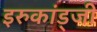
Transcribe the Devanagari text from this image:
इरुकांड्जी